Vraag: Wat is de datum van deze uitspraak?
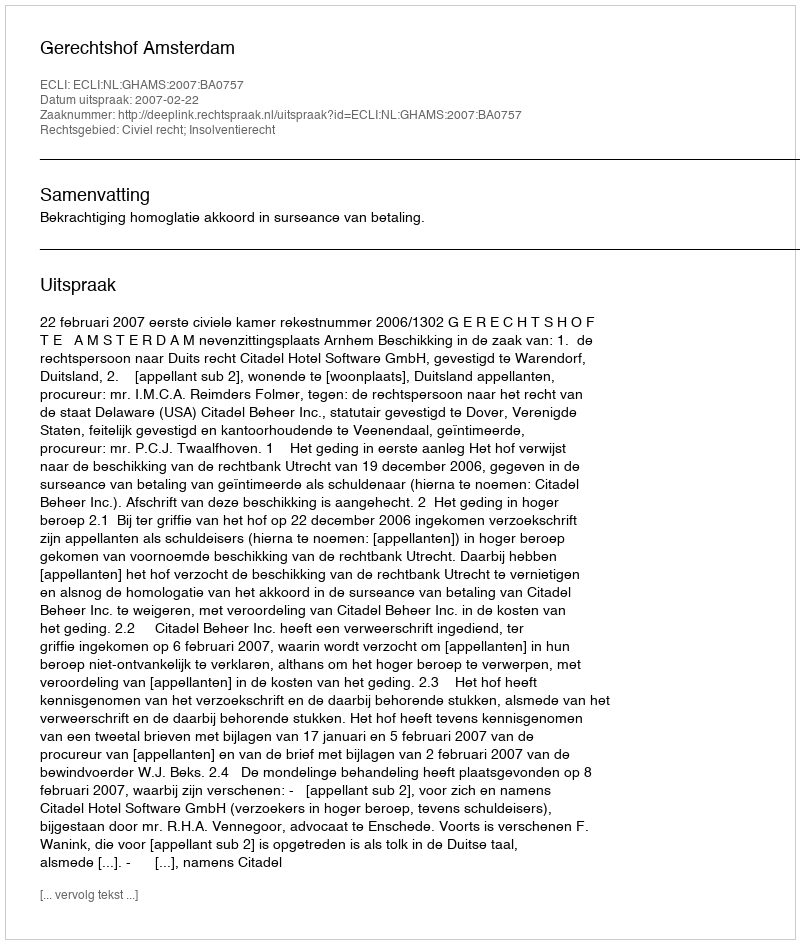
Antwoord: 2007-02-22